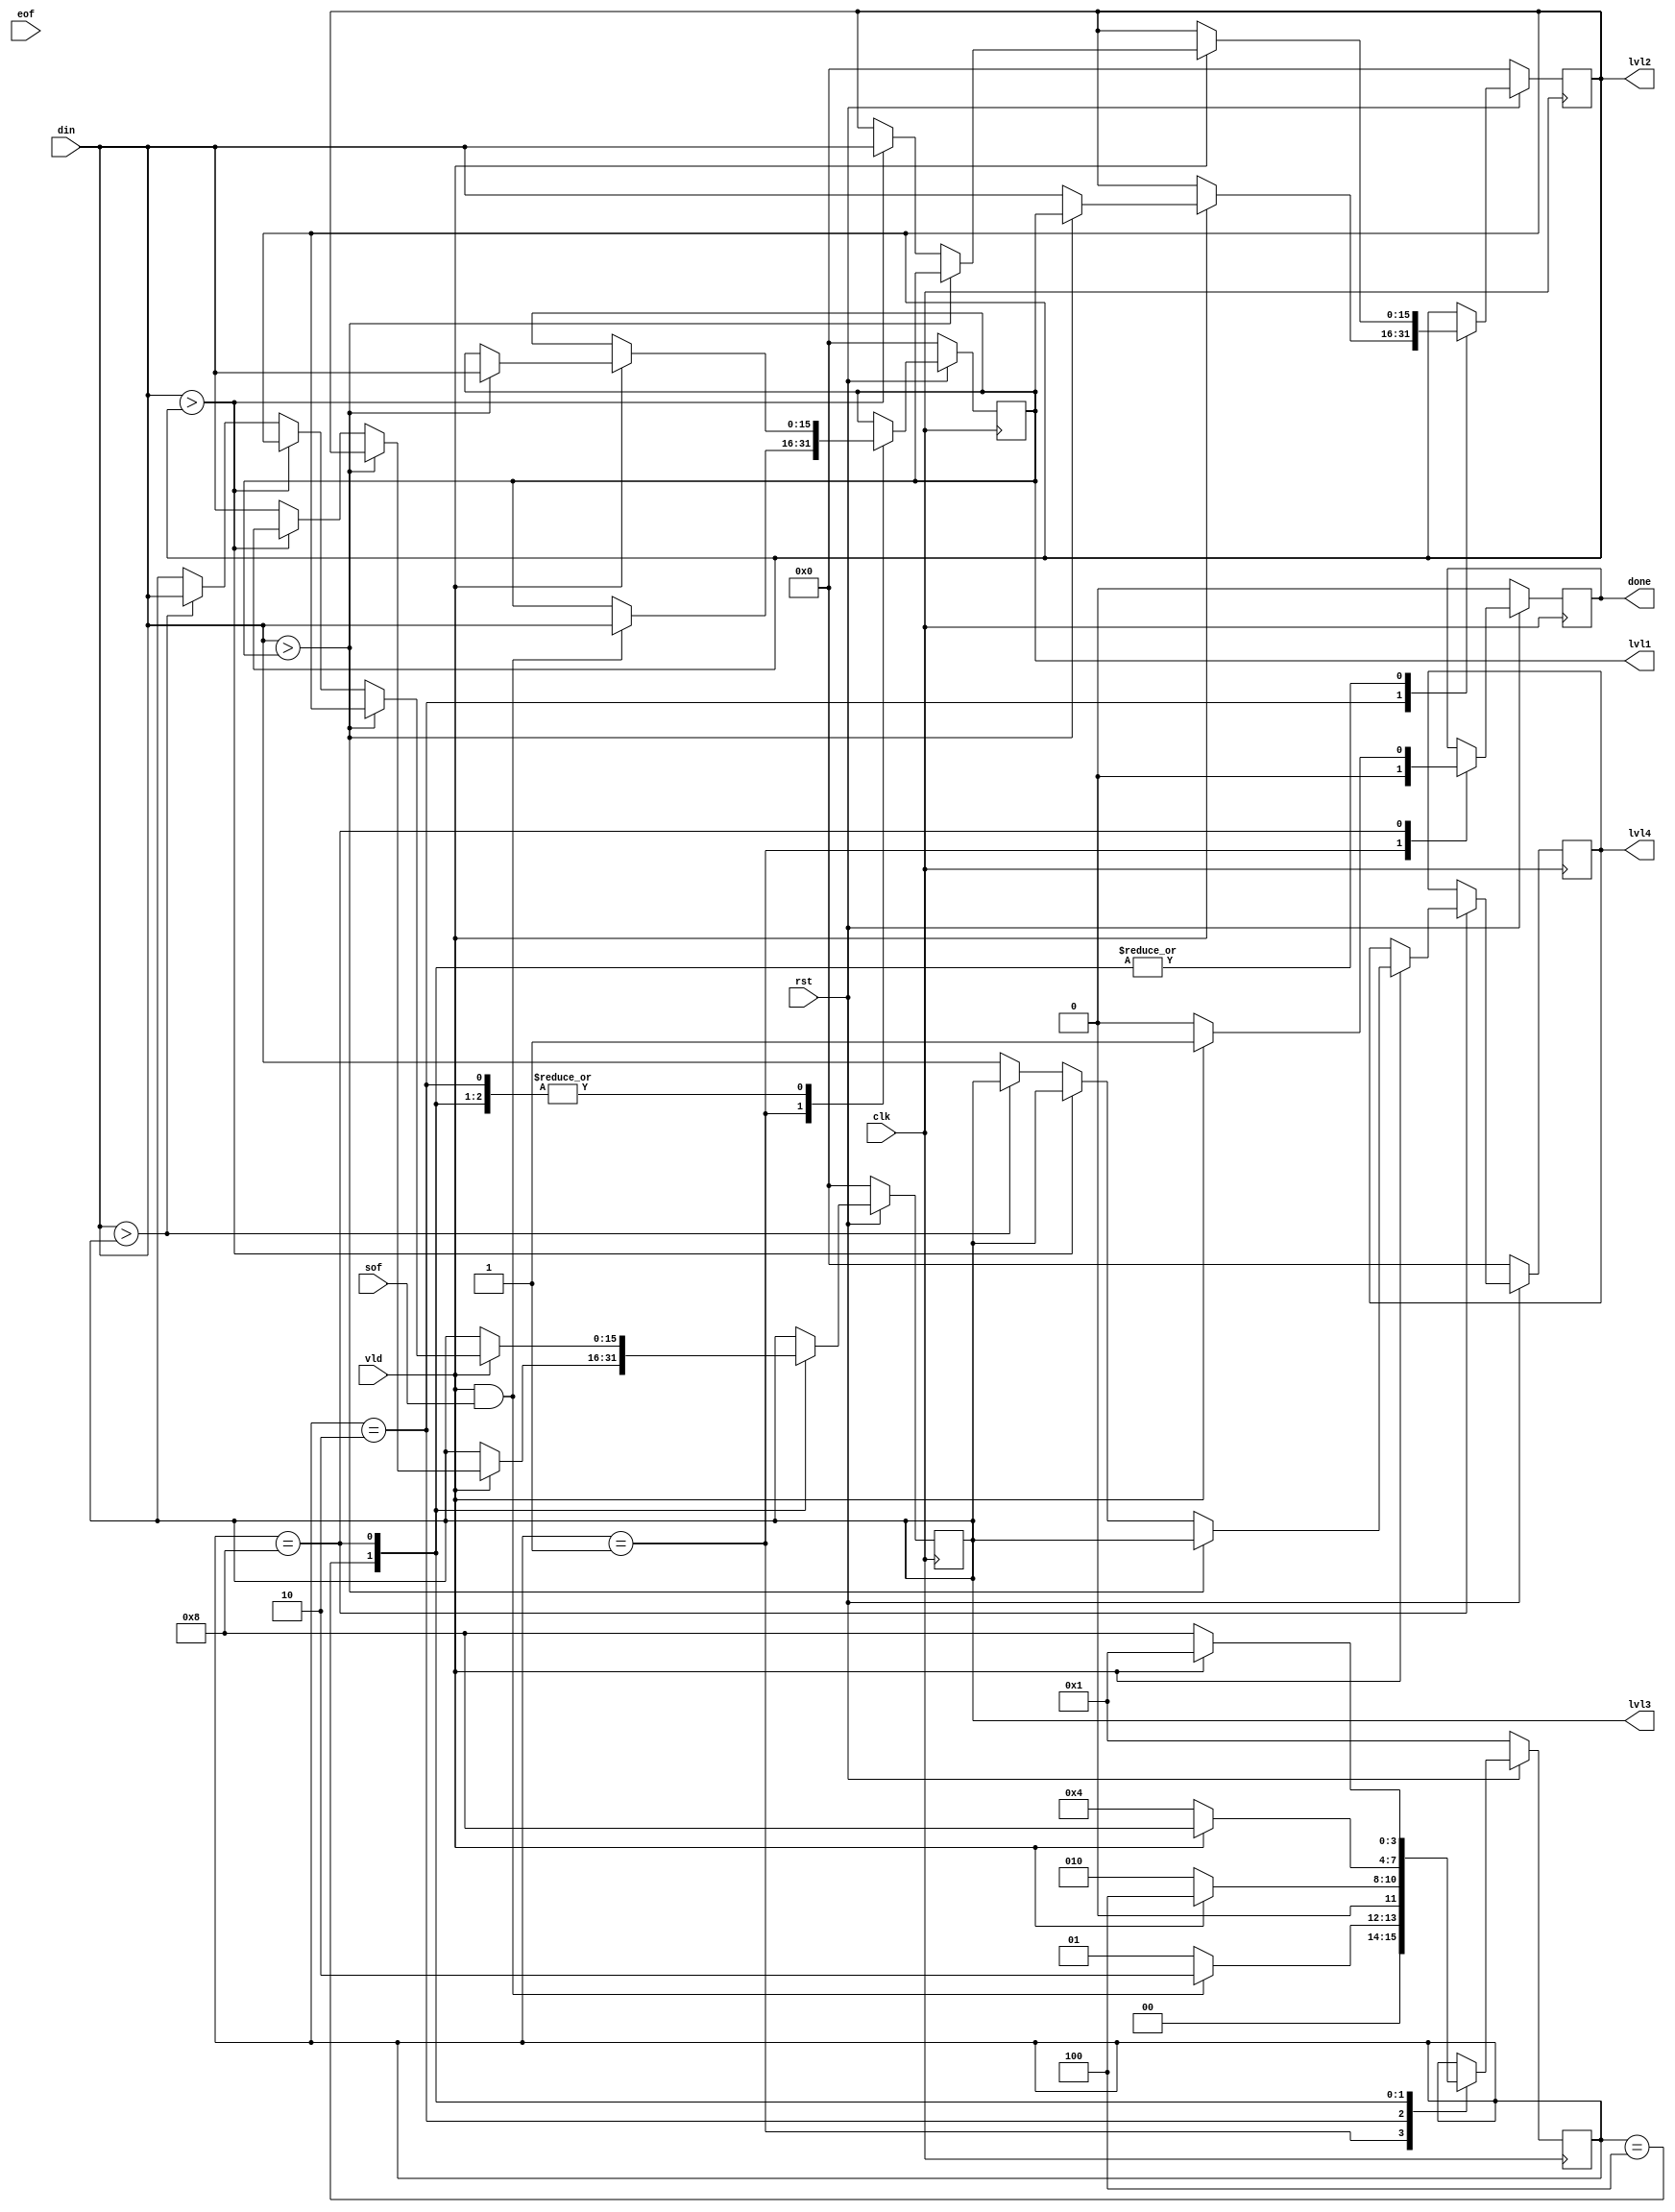
`timescale 1 ns / 1 ps

module sorter # (
    parameter DATA_WIDTH  = 16
)(
    // ctrl inputs
    input wire                    clk, // ACLK
    input wire                    rst, // ARESETn, active low
    // AXI stream               
    input wire [DATA_WIDTH-1:0]   din, // TDATA, nominally [63:0]
    input wire                    vld, // TVALID
    input wire                    sof, // TUSER, start of frame
    input wire                    eof, // TLAST, packet boundary
	// output ports
	output wire [DATA_WIDTH-1:0]  lvl1,
	output wire [DATA_WIDTH-1:0]  lvl2,
	output wire [DATA_WIDTH-1:0]  lvl3,
	output wire [DATA_WIDTH-1:0]  lvl4,
	output reg                    done
);

	reg [DATA_WIDTH-1:0] lvl1_1ff;
	reg [DATA_WIDTH-1:0] lvl2_1ff;
	reg [DATA_WIDTH-1:0] lvl3_1ff;
	reg [DATA_WIDTH-1:0] lvl4_1ff;

	// FSM states
	reg        [3:0] fsm_cs; // current state  
	localparam [3:0] IDLE  = 4'b0001; // wait for 1st number to arrive
	localparam [3:0] COMP1 = 4'b0010; // compare 2nd number to 1st
	localparam [3:0] COMP2 = 4'b0100; // compare 3rd number to list
	localparam [3:0] COMP3 = 4'b1000; // compare 4th number to list

	always @(posedge clk) begin
		if (!rst) begin
			fsm_cs <= IDLE;
			lvl1_1ff <= {(DATA_WIDTH){1'b0}};
			lvl2_1ff <= {(DATA_WIDTH){1'b0}};
			lvl3_1ff <= {(DATA_WIDTH){1'b0}};
			lvl4_1ff <= {(DATA_WIDTH){1'b0}};
			done <= 1'b0;
		end else begin
			case (fsm_cs)
		
				IDLE : begin
					if (vld && sof) begin : UPPER_PLACEMENT_1
						fsm_cs <= COMP1; // next clock edge compares 2nd number to 1st
						lvl1_1ff <= din; // catch 1st number before state transition
					end else begin
						fsm_cs <= IDLE;
					end
					done <= 1'b0;
				end
				
				COMP1 : begin
					if (vld) begin
						fsm_cs <= COMP2; // next state compares 3rd number to 1-2
						if (din > lvl1_1ff) begin : UPPER_PLACEMENT_2
							lvl1_1ff <= din;
							lvl2_1ff <= lvl1_1ff;
						end else begin : LOWER_PLACEMENT_1
							lvl1_1ff <= lvl1_1ff;
							lvl2_1ff <= din;
						end
					end else begin
						fsm_cs <= COMP1;
					end
				end
				
				COMP2 : 
					if (vld) begin
						fsm_cs <= COMP3; 
						if (din > lvl1_1ff) begin : UPPER_PLACEMENT_3
							lvl1_1ff <= din;
							lvl2_1ff <= lvl1_1ff;
							lvl3_1ff <= lvl2_1ff;
						end else if (din > lvl2_1ff) begin : MIDDLE_PLACEMENT_1
							lvl1_1ff <= lvl1_1ff;
							lvl2_1ff <= din;
							lvl3_1ff <= lvl2_1ff;
						end else begin : LOWER_PLACEMENT_2
							lvl1_1ff <= lvl1_1ff;
							lvl2_1ff <= lvl2_1ff;
							lvl3_1ff <= din;
						end
					end else begin
						fsm_cs <= COMP2;
					end

				COMP3 : begin
					if (vld) begin
						fsm_cs <= IDLE; // return to idle, await next number
						done <= 1'b1; // assert done flag
						if (din > lvl1_1ff) begin : UPPER_PLACEMENT_4
							lvl1_1ff <= din;
							lvl2_1ff <= lvl1_1ff;
							lvl3_1ff <= lvl2_1ff;
							lvl4_1ff <= lvl3_1ff;
						end else if (din > lvl2_1ff) begin : UP_MID_PLACEMENT_1
							lvl1_1ff <= lvl1_1ff;
							lvl2_1ff <= din;
							lvl3_1ff <= lvl2_1ff;
							lvl4_1ff <= lvl3_1ff;
						end else if (din > lvl3_1ff) begin : LOW_MID_PLACEMENT_1
							lvl1_1ff <= lvl1_1ff;
							lvl2_1ff <= lvl2_1ff;
							lvl3_1ff <= din;
							lvl4_1ff <= lvl3_1ff;
						end else begin : LOWER_PLACEMENT_3
							lvl1_1ff <= lvl1_1ff;
							lvl2_1ff <= lvl2_1ff;
							lvl3_1ff <= lvl3_1ff;
							lvl4_1ff <= din;
						end
					end else begin
						fsm_cs <= COMP3;
						done <= 1'b0;
					end
				end
				
				
			endcase
		end
	end
		
	assign lvl1 = lvl1_1ff;
	assign lvl2 = lvl2_1ff; 
	assign lvl3 = lvl3_1ff; 
	assign lvl4 = lvl4_1ff; 
    
endmodule